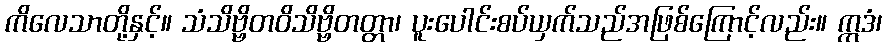
ကိလေသာတို့နှင့်။ သံသိဗ္ဗိတဝိသိဗ္ဗိတတ္တာ၊ ပူးပေါင်းစပ်ယှက်သည်အဖြစ်ကြောင့်လည်း။ ဣဒံ၊